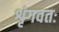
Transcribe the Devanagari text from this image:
शृंगवतः